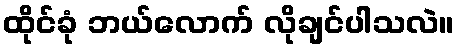
ထိုင်ခုံ ဘယ်လောက် လိုချင်ပါသလဲ။